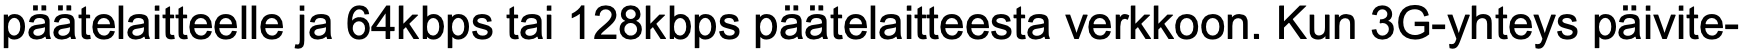
päätelaitteelle ja 64kbps tai 128kbps päätelaitteesta verkkoon. Kun 3G-yhteys päivite-